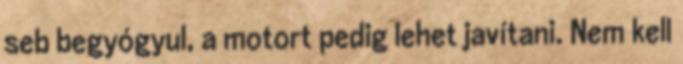
seb begyógyul, a motort pedig lehet javítani. Nem kell